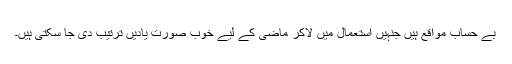
بے حساب مواقع ہیں جنہیں استعمال میں لاکر ماضی کے لیے خوب صورت یادیں ترتیب دی جا سکتی ہیں۔